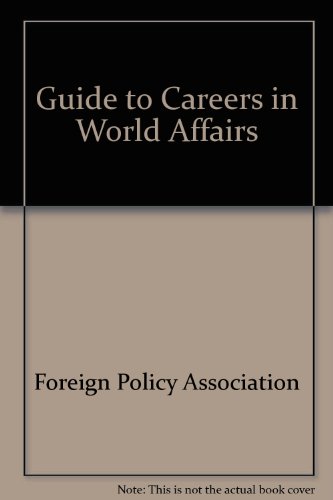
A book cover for Guide to Careers in World Affairs; Foreign Policy Association; Business & Money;